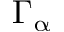
\Gamma _ { \upalpha }